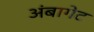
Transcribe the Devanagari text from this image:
अंबागेट